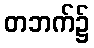
တဘက်၌